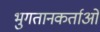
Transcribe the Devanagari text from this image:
भुगतानकर्ताओं